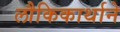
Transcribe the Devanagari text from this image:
लौकिकार्थाने